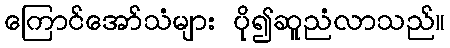
ကြောင်အော်သံများ ပို၍ဆူညံလာသည်။